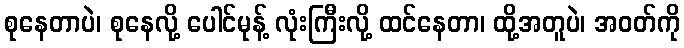
စုနေတာပဲ၊ စုနေလို့ ပေါင်မုန့် လုံးကြီးလို့ ထင်နေတာ၊ ထို့အတူပဲ၊ အဝတ်ကို